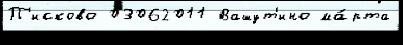
П'исково 03062011 Вашут'ино ма́рта